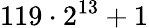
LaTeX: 119\cdot 2^{13}+1